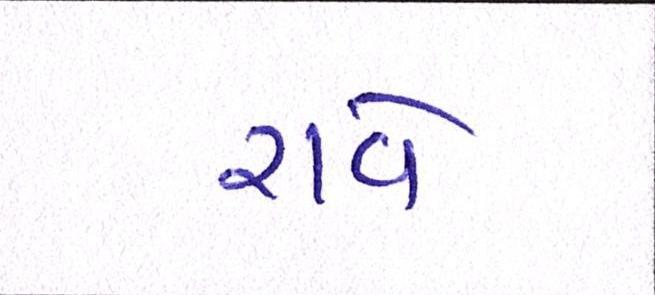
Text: રાવે